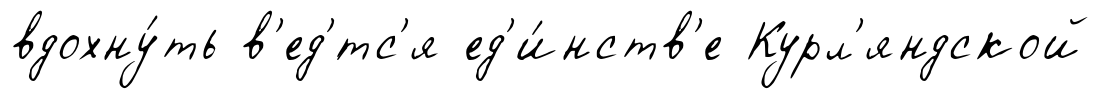
вдохну́ть в'ед'́тс'я ед'и́нств'е Курл'яндской